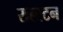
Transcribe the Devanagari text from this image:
राल्स्टन